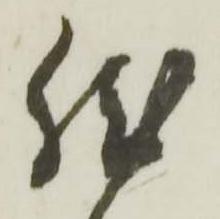
然